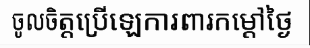
ចូលចិត្តប្រើឡេការពារកម្តៅថ្ងៃ